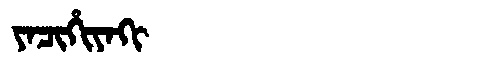
Manchu: ᠶᠠᠴᡳᡥᡳᠶᠠᡴᡳ
Romanization: YACIHIYAKI